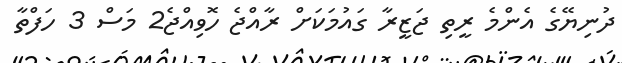
ދުނިޔޭގެ އެންމެ ރީތި ޖަޒީރާ ގައުމަކަށް ރާއްޖެ ހޮވިއްޖެ2 މަސް 3 ހަފްތާ